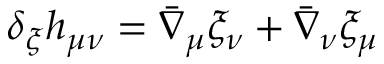
\delta _ { \xi } h _ { \mu \nu } = \bar { \nabla } _ { \mu } \xi _ { \nu } + \bar { \nabla } _ { \nu } \xi _ { \mu }